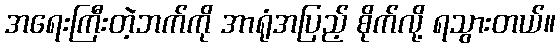
အရေးကြီးတဲ့ဘက်ကို အာရုံအပြည့် စိုက်လို့ ရသွားတယ်။